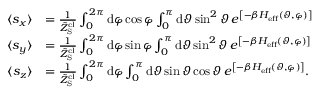
\begin{array} { r l } { \langle s _ { x } \rangle } & { = \frac { 1 } { \tilde { Z } _ { \mathrm { S } } ^ { \mathrm { c l } } } \int _ { 0 } ^ { 2 \pi } \mathrm { d } \varphi \cos \varphi \int _ { 0 } ^ { \pi } \mathrm { d } \vartheta \sin ^ { 2 } \vartheta \, e ^ { \left[ - \beta H _ { \mathrm { e f f } } ( \vartheta , \varphi ) \right] } } \\ { \langle s _ { y } \rangle } & { = \frac { 1 } { \tilde { Z } _ { \mathrm { S } } ^ { \mathrm { c l } } } \int _ { 0 } ^ { 2 \pi } \mathrm { d } \varphi \sin \varphi \int _ { 0 } ^ { \pi } \mathrm { d } \vartheta \sin ^ { 2 } \vartheta \, e ^ { \left[ - \beta H _ { \mathrm { e f f } } ( \vartheta , \varphi ) \right] } } \\ { \langle s _ { z } \rangle } & { = \frac { 1 } { \tilde { Z } _ { \mathrm { S } } ^ { \mathrm { c l } } } \int _ { 0 } ^ { 2 \pi } \mathrm { d } \varphi \int _ { 0 } ^ { \pi } \mathrm { d } \vartheta \sin \vartheta \cos \vartheta \, e ^ { \left[ - \beta H _ { \mathrm { e f f } } ( \vartheta , \varphi ) \right] } . } \end{array}